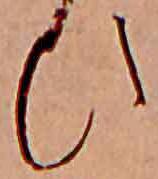
ひ